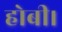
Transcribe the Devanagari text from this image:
होबी।